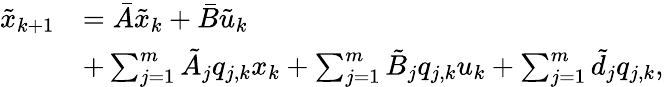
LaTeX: \begin{array}{rl}{\tilde{x}_{k+1}}&{=\bar{A}\tilde{x}_{k}+\bar{B}\tilde{u}_{k}}\\ &{+\sum_{j=1}^{m}\tilde{A}_{j}q_{j,k}x_{k}+\sum_{j=1}^{m}\tilde{B}_{j}q_{j,k}u_{k}+\sum_{j=1}^{m}\tilde{d}_{j}q_{j,k},}\end{array}